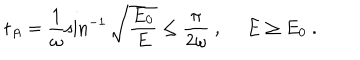
LaTeX: t _ { A } = \frac { 1 } { \omega } \sin ^ { - 1 } \sqrt { \frac { E _ { 0 } } { E } } \leq \frac { \pi } { 2 \omega } \ , \ E \geq E _ { 0 } \ .